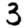
Digit: 3